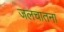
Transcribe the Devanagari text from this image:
जलचातना